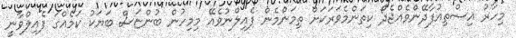
މިހާރު އިސްތިއުފާދޭންވެއްޖެދޯ ކިތަންމެވަރަކަށް ތިމަންމެން ފެއިލްނުވެއޭ މިމިހުން ބުންޏަސް ބަޔަކު ކަމެއްގަ ފެއިލްވާނީ